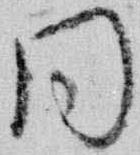
同